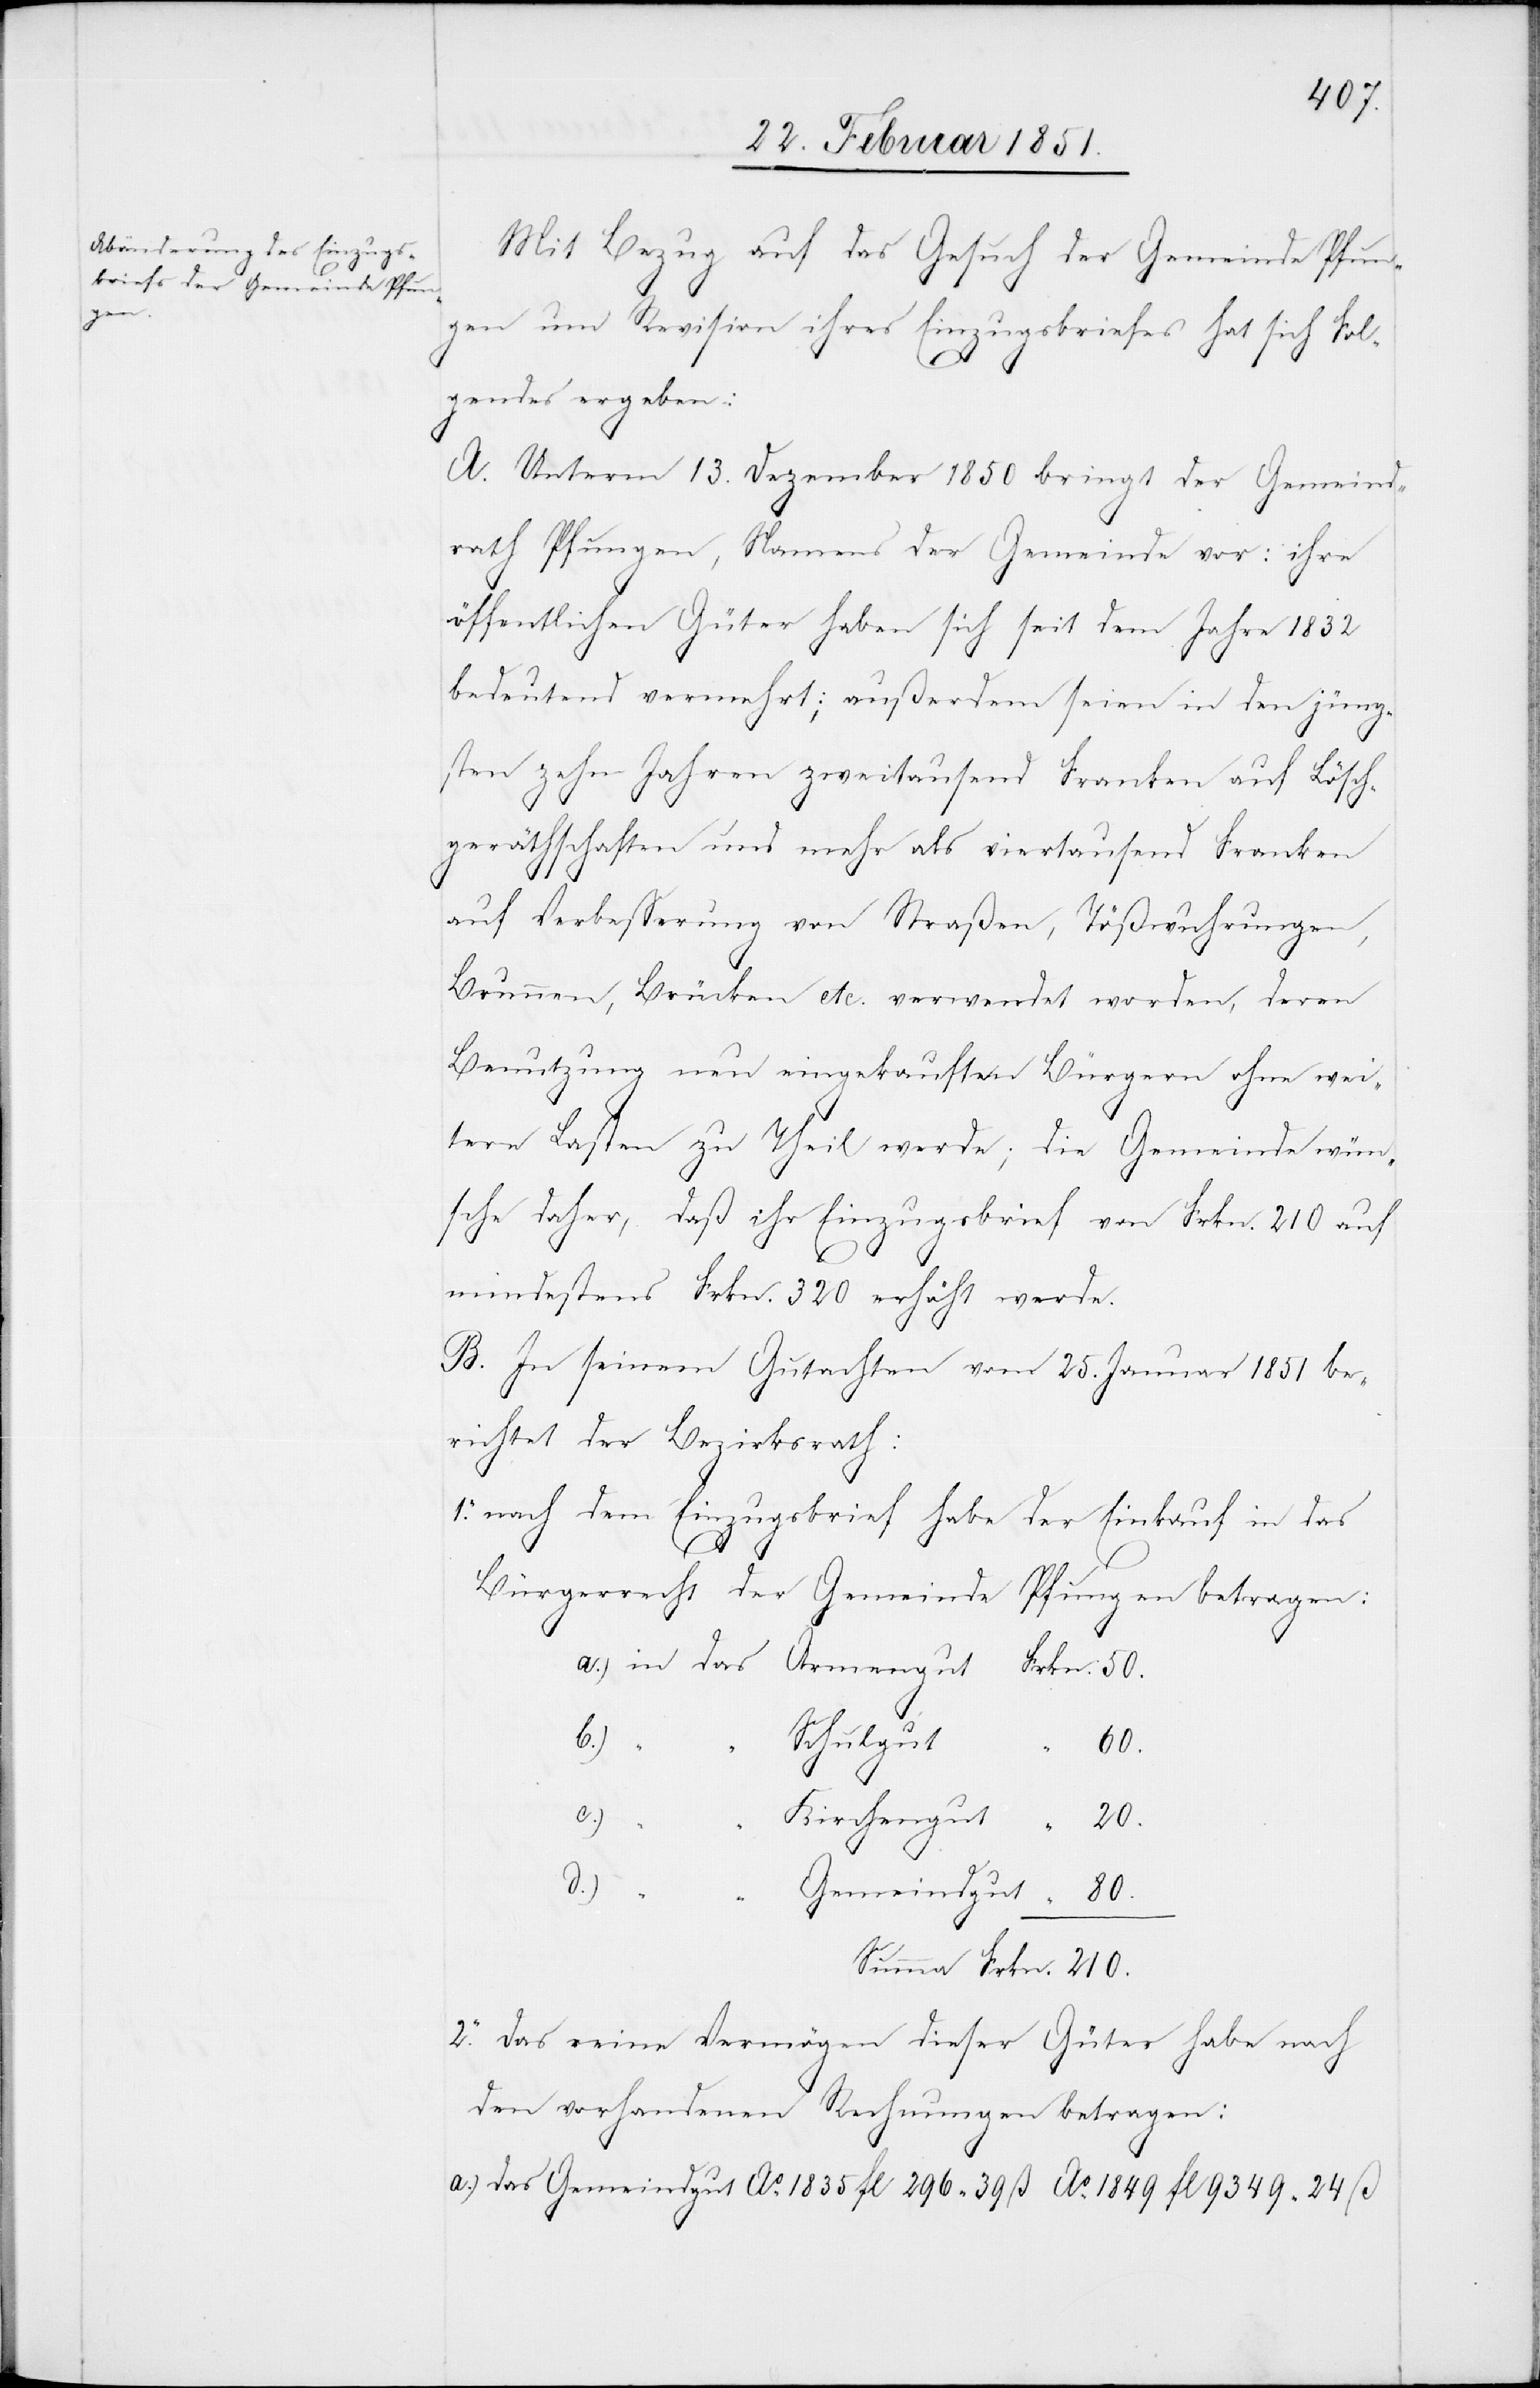
Mit Bezug auf das Gesuch der Gemeinde Pfun¬
gen um Revision ihres Einzugsbriefes hat sich Fol¬
Ao.
gendes ergeben:
A. Unterm 13. Dezember 1850 bringt der Gemeind¬
rath Pfungen, Namens der Gemeinde vor: ihre
öffentlichen Güter haben sich seit dem Jahre 1832
bedeutend vermehrt; außerdem seien in den jüng¬
sten zehn Jahren zweitausend Franken auf Lösch¬
geräthschaften und mehr als viertausend Franken
auf Verbesserung von Straßen, Tößwuhrungen,
Brunnen, Brücken etc. verwendet worden, deren
Benutzung neu eingekauften Bürgern ohne wei¬
tere Lasten zu Theil werde; die Gemeinde wün¬
sche daher, daß ihr Einzugsbrief von Frkn. 210 auf
210.
mindestens Frkn. 320 erhöht werde.
B. In seinem Gutachten vom 25. Januar 1851 be¬
richtet der Bezirksrath:
1. nach dem Einzugsbrief habe der Einkauf in das
Bürgerrecht der Gemeinde Pfungen betragen:
chengut
das
80.
a.)
Gemeindgut
2. das reine Vermögen dieser Güter habe nach
den vorhandenen Rechnungen betragen:
ß